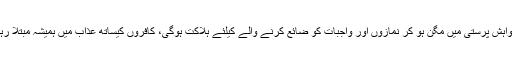
اور خواہش پرستی میں مگن ہو کر نمازوں اور واجبات کو ضائع کرنے والے کیلئے ہلاکت ہوگی، کافروں کیساتھ عذاب میں ہمیشہ مبتلا رہے گا۔